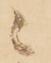
ニ